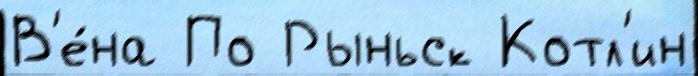
В'е́на По Рыньск Котл'ин